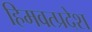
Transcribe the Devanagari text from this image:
हिमवत्प्रदेश